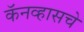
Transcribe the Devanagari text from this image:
कॅनव्हासचे